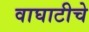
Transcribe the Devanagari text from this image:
वाघाटीचे